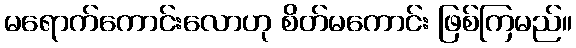
မရောက်ကောင်းလောဟု စိတ်မကောင်း ဖြစ်ကြမည်။